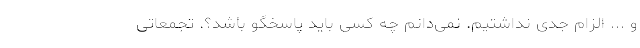
و ... الزام جدی نداشتیم. نمی‌دانم چه کسی باید پاسخگو باشد؟. تجمعاتی